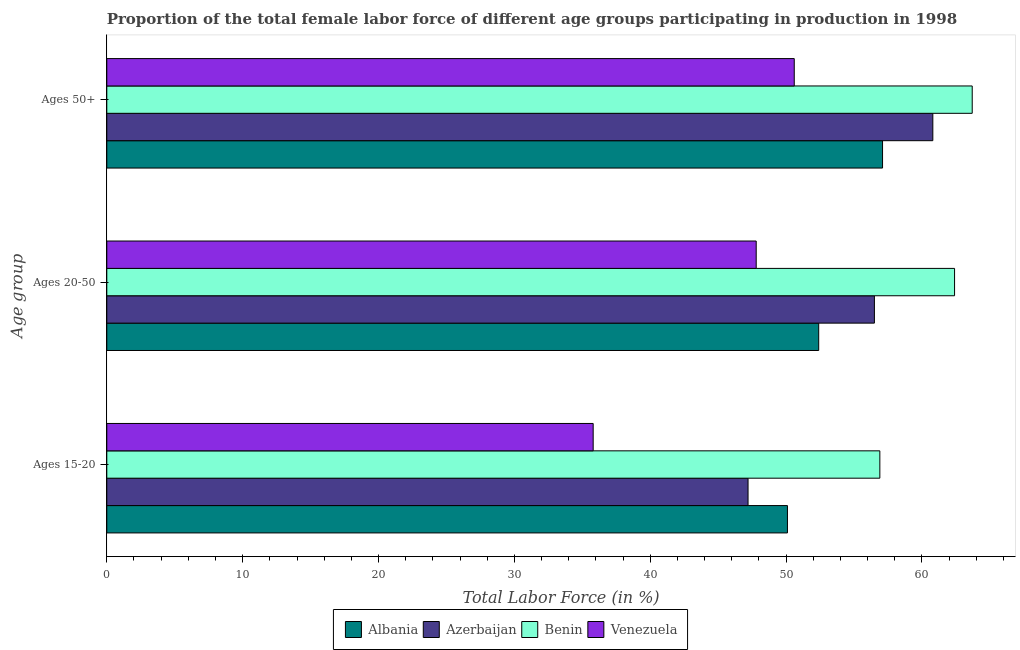
| Age group | Albania | Azerbaijan | Benin | Venezuela |
 | --- | --- | --- | --- | --- |
 | Ages 15-20 | 50.1 | 47.2 | 56.9 | 35.8 |
 | Ages 20-50 | 52.4 | 56.5 | 62.4 | 47.8 |
 | Ages 50+ | 57.1 | 60.8 | 63.7 | 50.6 |